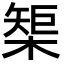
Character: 榘